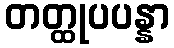
တတ္ထုပပန္နာ